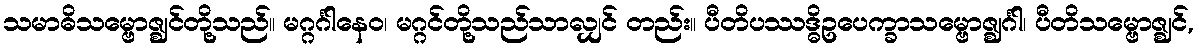
သမာဓိသမ္ဗောဇ္ဈင်တို့သည်။ မဂ္ဂင်္ဂါနေဝ၊ မဂ္ဂင်တို့သည်သာလျှင် တည်း။ ပီတိပဿဒ္ဓိဥပေက္ခာသမ္ဗောဇ္ဈင်္ဂါ၊ ပီတိသမ္ဗောဇ္ဈင်,